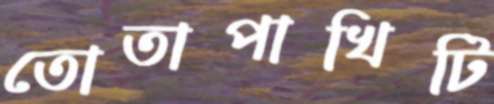
তোতাপাখিটি